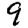
Digit: 9